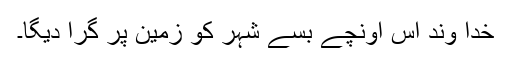
خدا وند اس اونچے بسے شہر کو زمین پر گرا دیگا۔